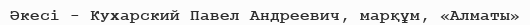
Әкесі - Кухарский Павел Андреевич, марқұм, «Алматы»